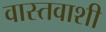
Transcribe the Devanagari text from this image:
वास्तवाशी